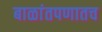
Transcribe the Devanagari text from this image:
बाळांतपणातच